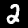
Digit: 2